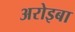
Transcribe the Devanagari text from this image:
अरोइबा